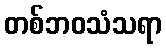
တစ်ဘဝသံသရာ